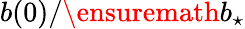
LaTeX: b(0)/\ensuremath{b_{\star}}